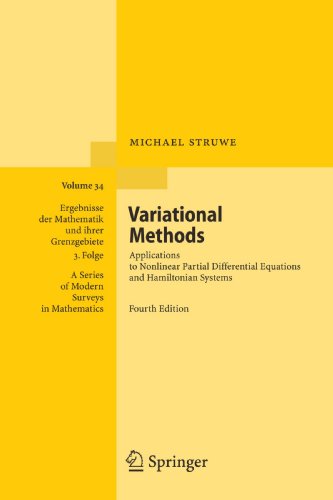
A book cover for Variational Methods: Applications to Nonlinear Partial Differential Equations and Hamiltonian Systems (Ergebnisse der Mathematik und ihrer ... / A Series of Modern Surveys in Mathematics); Michael Struwe; Science & Math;